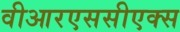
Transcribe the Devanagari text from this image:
वीआरएससीएक्स